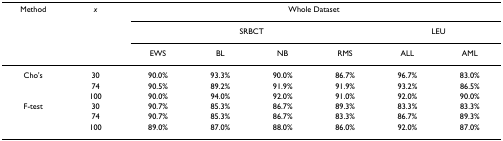
<table><thead><tr><td><b>Method</b></td><td><b><i>x</i></b></td><td colspan="6"><b>Whole Dataset</b></td></tr><tr><td></td><td></td><td colspan="4"><b>SRBCT</b></td><td colspan="2"><b>LEU</b></td></tr><tr><td></td><td></td><td><b>EWS</b></td><td><b>BL</b></td><td><b>NB</b></td><td><b>RMS</b></td><td><b>ALL</b></td><td><b>AML</b></td></tr></thead><tbody><tr><td>Cho&#x27;s</td><td>30</td><td>90.0%</td><td>93.3%</td><td>90.0%</td><td>86.7%</td><td>96.7%</td><td>83.0%</td></tr><tr><td></td><td>74</td><td>90.5%</td><td>89.2%</td><td>91.9%</td><td>91.9%</td><td>93.2%</td><td>86.5%</td></tr><tr><td></td><td>100</td><td>90.0%</td><td>94.0%</td><td>92.0%</td><td>91.0%</td><td>92.0%</td><td>90.0%</td></tr><tr><td>F-test</td><td>30</td><td>90.7%</td><td>85.3%</td><td>86.7%</td><td>89.3%</td><td>83.3%</td><td>83.3%</td></tr><tr><td></td><td>74</td><td>90.7%</td><td>85.3%</td><td>86.7%</td><td>83.3%</td><td>86.7%</td><td>89.3%</td></tr><tr><td></td><td>100</td><td>89.0%</td><td>87.0%</td><td>88.0%</td><td>86.0%</td><td>92.0%</td><td>87.0%</td></tr></tbody></table>